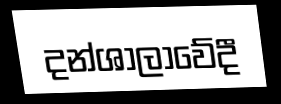
දන්ශාලාවේදී